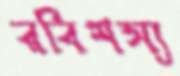
রবিশস্য